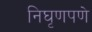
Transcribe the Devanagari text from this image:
निघृणपणे